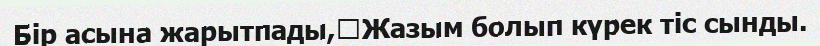
Бір асына жарытпады,	Жазым болып күрек тіс сынды.